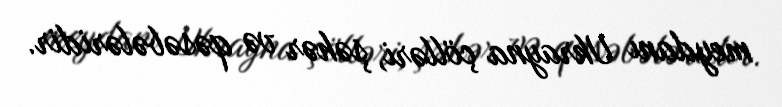
meydanı Ukrayna çölləri, şəhər və qəsəbələridir.